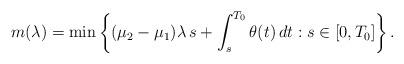
LaTeX: \begin{align*}m(\lambda)=\min\left\{(\mu_{2}-\mu_{1})\lambda\,s+\int_{s}^{T_{0}}\theta(t)\,dt:s\in[0,T_{0}]\right\}.\end{align*}